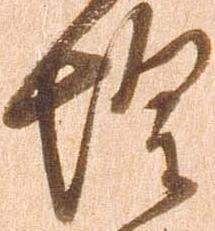
惶